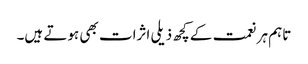
تاہم ہر نعمت کے کچھ ذیلی اثرات بھی ہوتے ہیں۔